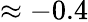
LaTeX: \approx-0.4